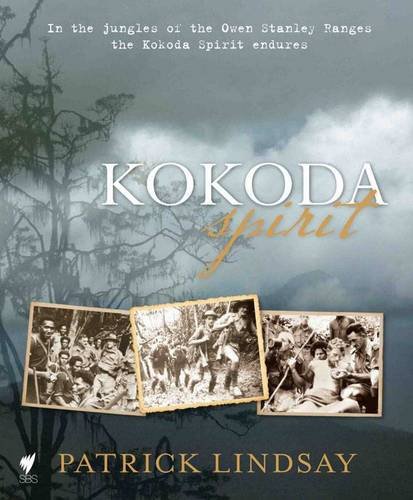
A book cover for Kokoda Spirit; Patrick Lindsay; Travel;